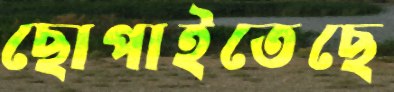
ছোপাইতেছে